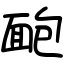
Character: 靤